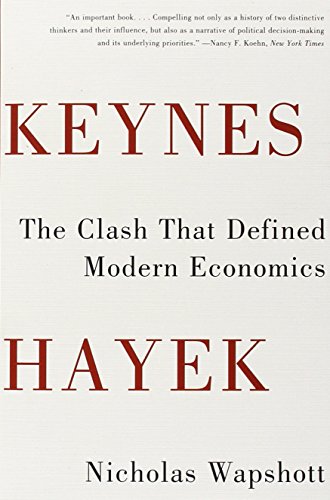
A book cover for Keynes Hayek: The Clash that Defined Modern Economics; Nicholas Wapshott; Business & Money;